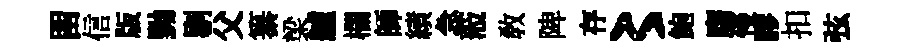
㽞信版黝剔父纂梁艫欄師績急蒞敎陴存〻鲍膺慢膠扣弦